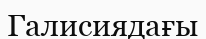
Галисиядағы